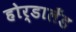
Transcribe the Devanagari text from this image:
होर्डालँड